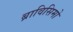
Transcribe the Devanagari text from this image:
ब्राविसिमो